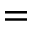
=